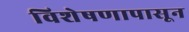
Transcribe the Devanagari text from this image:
विशेषणापासून